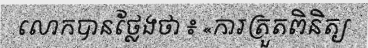
លោកបានថ្លែងថា ៖ «ការត្រួតពិនិត្យ